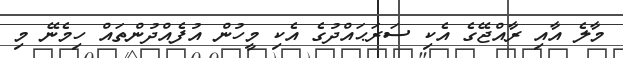
މާލެ އާއި ރާއްޖޭގެ އެކި ސަރަޙައްދުގެ އެކި މީހުން އުފެއްދުންތައް ހިމެނޭ މި